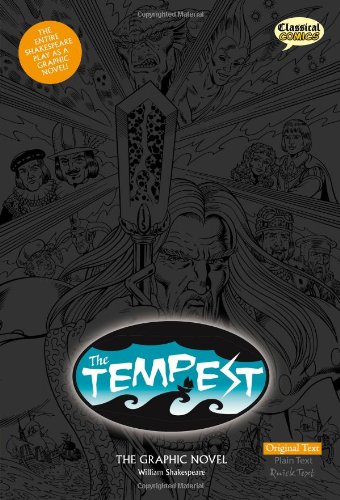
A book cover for The Tempest The Graphic Novel (American English, Original Text); William Shakespeare; Literature & Fiction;